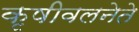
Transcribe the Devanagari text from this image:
कृषीवलनेते